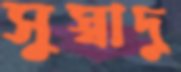
সুস্বাদু